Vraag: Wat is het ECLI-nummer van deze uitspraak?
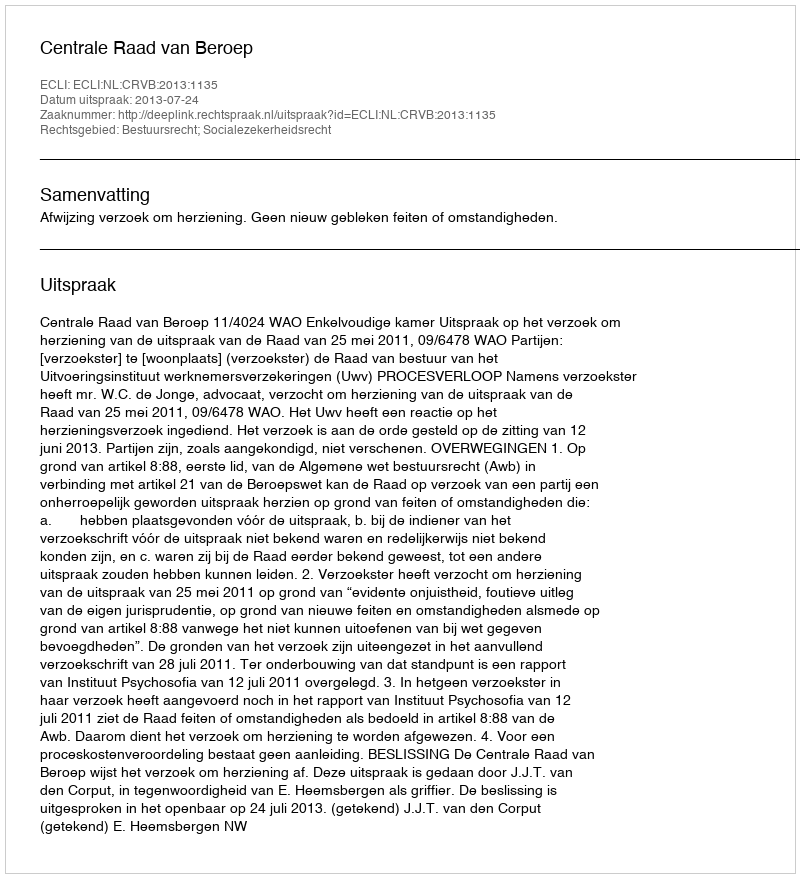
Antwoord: ECLI:NL:CRVB:2013:1135